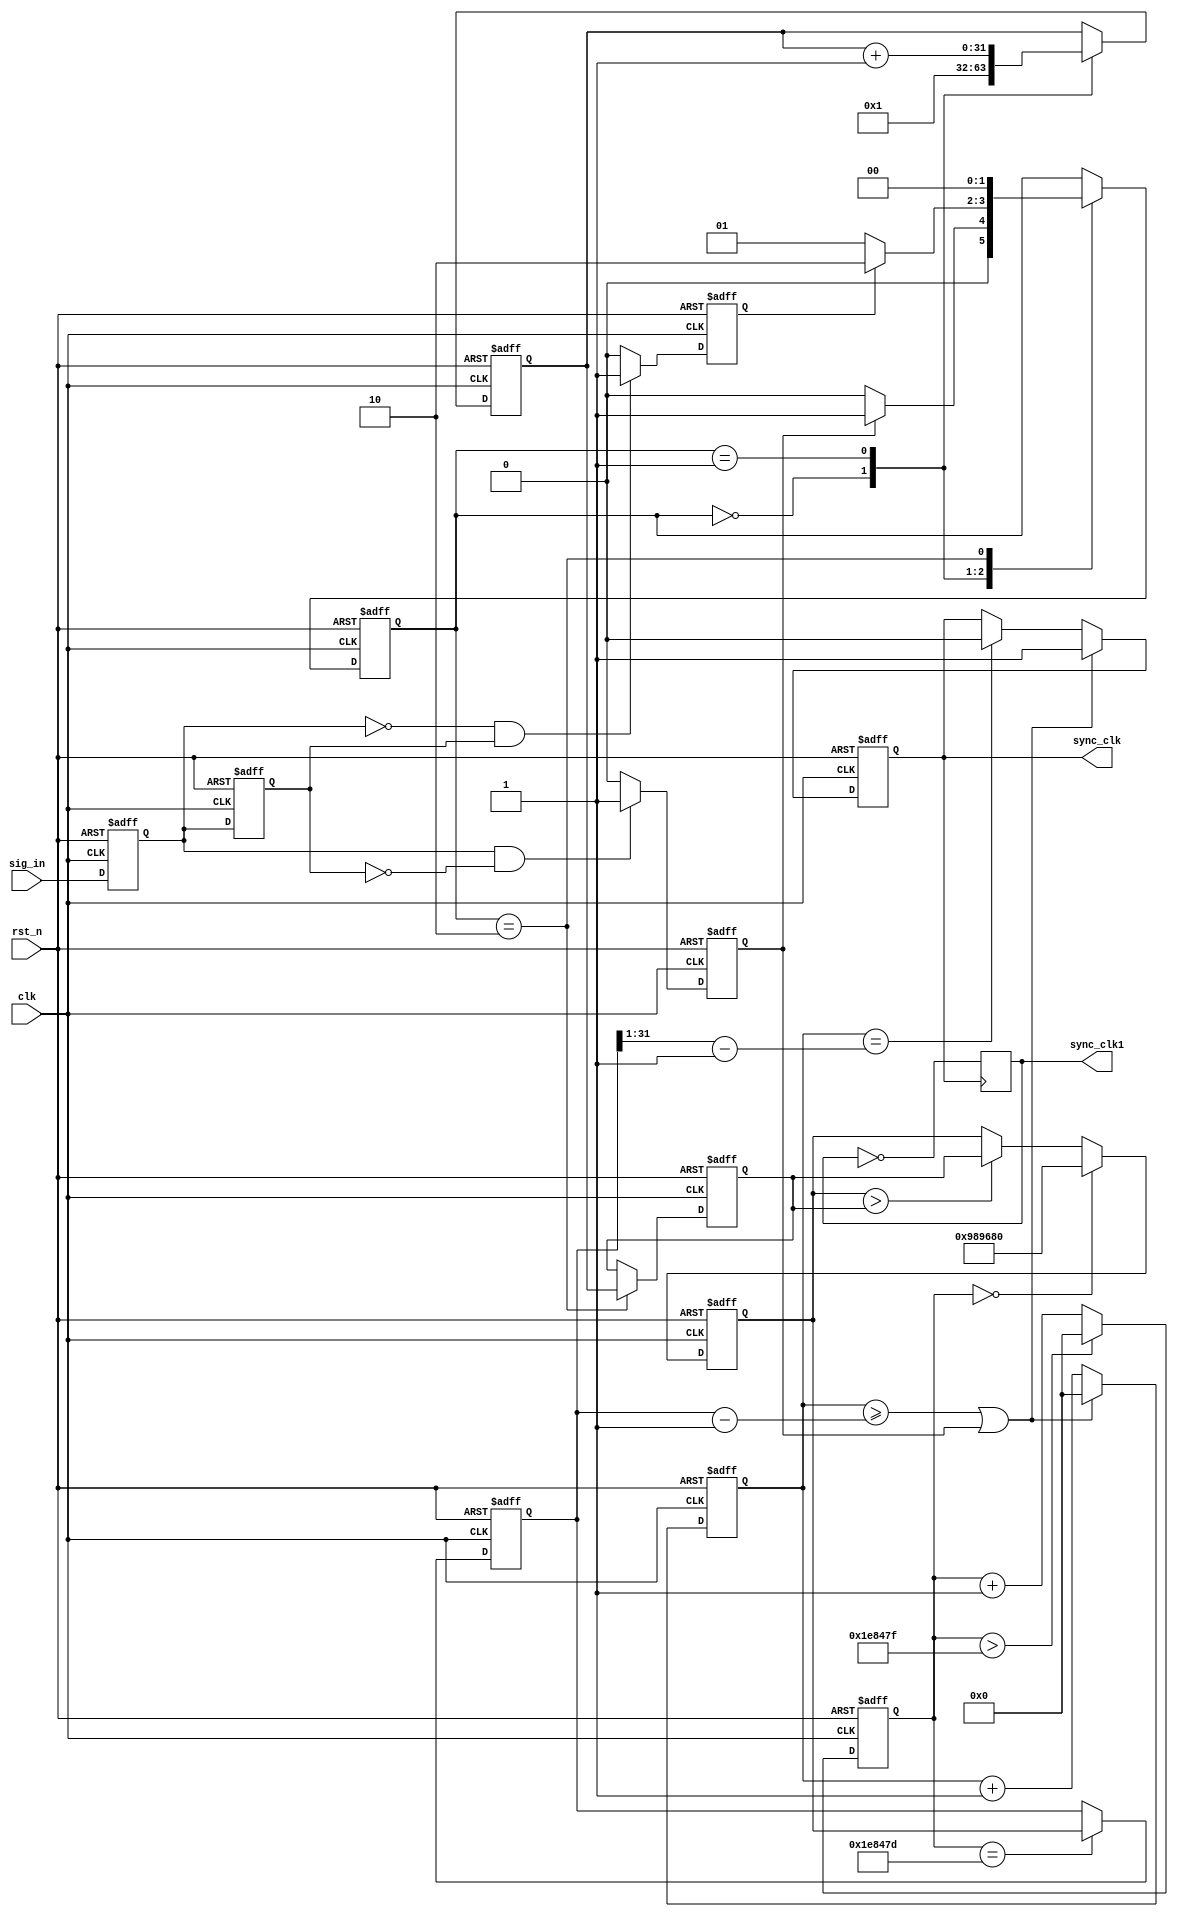
/*-----------------------------------------------------------------------

Date				:		2017-XX-XX
Description			:		Design for LCD1602 Display.

-----------------------------------------------------------------------*/

module sync
(
	//global clock
	input					clk,			//system clock
	input					rst_n,     		//sync reset
	
	//sig_in interface
	input					sig_in,
	
	//sig_out	interface
	output		reg			sync_clk,
	output		reg			sync_clk1
	
); 


//--------------------------------
//Funtion :   pos  neg             
reg					sig_in_r;
reg					sig_in_r1;

always @(posedge clk or negedge rst_n)
begin
	if(!rst_n)
	begin
		sig_in_r  <= 1'b0;
		sig_in_r1 <= 1'b1;
	end
	else
	begin
		sig_in_r  <= sig_in;
		sig_in_r1 <= sig_in_r;
	end
end

//pos
reg		sig_in_pos;

always @(posedge clk or negedge rst_n)
begin
	if(!rst_n)
		sig_in_pos <= 1'b0;
	else if((sig_in_r == 1'b1) && (sig_in_r1 == 1'b0))
		sig_in_pos <= 1'b1;
	else
		sig_in_pos <= 1'b0;
end


//neg

reg		sig_in_neg;

always @(posedge clk or negedge rst_n)
begin
	if(!rst_n)
		sig_in_neg <= 1'b0;
	else if((sig_in_r == 1'b0) && (sig_in_r1 == 1'b1))
		sig_in_neg <= 1'b1;
	else
		sig_in_neg <= 1'b0;
end
//--------------------------------
//Funtion :  state for high count
reg		[1:0]		state_sync;

always @(posedge clk or negedge rst_n)
begin
	if(!rst_n)
		state_sync <= 2'd0;
	else 
		case(state_sync)
		
		//
		2'd0 :
		begin
			if(sig_in_pos)
				state_sync <= 2'd1;
			else
				state_sync <= 2'd0;
		end
			
		//count
		2'd1 :
		begin
			if(sig_in_neg)
				state_sync <= 2'd2;
			else
				state_sync <= 2'd1;
		end
		
		//cunchu
		2'd2 :
		begin
			state_sync <= 2'd0;
		end
		endcase
end     

//--------------------------------
//Funtion :  cnt for high count
//

reg			[31:0]		cnt_high;
reg			[31:0]		cnt_high_temp;
always @(posedge clk or negedge rst_n)
begin
	if(!rst_n)
	begin
		cnt_high <= 32'd0;
		cnt_high_temp <= 32'd0;
	end
	else
	case(state_sync)
		2'd0 :
		begin
			cnt_high <= 32'd1;
		end
		
		2'd1 :
		begin
			cnt_high <= cnt_high + 1'b1;
		end
		
		2'd2 :
		begin
			cnt_high_temp <= cnt_high;
		end
	endcase
end

//--------------------------------
//Funtion :  

parameter		TEM_MS = 32'd2_000_000;
reg		[31:0]	cnt_com;

always @(posedge clk or negedge rst_n)
begin
	if(!rst_n)
		cnt_com <= 32'd0;
	else if(cnt_com > TEM_MS - 1'b1)
		cnt_com <= 32'd0;
	else
		cnt_com <= cnt_com + 1'b1; 
end

reg		[31:0]	compar;

always @(posedge clk or negedge rst_n)
begin
	if(!rst_n)
		compar <= 32'd0;
	else if(cnt_com == 32'd0)
		compar <= 32'd10_000_000;
	else if(compar > cnt_high_temp)
		compar <= cnt_high_temp;
	else
		compar <= compar;
end

reg		[31:0]		num_sig;

always @(posedge clk or negedge rst_n)
begin
	if(!rst_n)
		num_sig <= 32'd0;
	else if(cnt_com == TEM_MS - 2'd3)
		num_sig <= compar;
end

//--------------------------------
//Funtion : 	clk
//				 clk

/* reg			[31:0]		cnt_man_clk;

always @(posedge clk or negedge rst_n)
begin
	if(!rst_n)
		cnt_man_clk <= 32'd10;		//
	else if(cnt_man_clk >= num_sig - 1'b1)
		cnt_man_clk <= 32'd0;
	else
		cnt_man_clk <= cnt_man_clk + 1'b1;
end

wire		man_clk_value;
assign		man_clk_value = (cnt_man_clk >= num_sig - 1'b1) ? 1'b1 : 1'b0; */

/* reg					man_clk_r;
reg					man_clk_r1;
always @(posedge clk or negedge rst_n)
begin
	if(!rst_n)
	begin
		man_clk_r  <= 1'b0;
		man_clk_r1 <= 1'b0;
	end
	else if(man_clk_value)
	begin
		man_clk_r  <= sig_in_r1;
		man_clk_r1 <= man_clk_r; 
	end
end

wire				clk_pos_value;
assign				clk_pos_value = ((man_clk_r == man_clk_r1) && (sig_in_pos || sig_in_neg)) ? 1'b1 : 1'b0;
 *///--------------------------------
//Funtion : 	sync_clk

reg		[31:0]		cnt_sync_clk;

always @(posedge clk or negedge rst_n)
begin
	if(!rst_n)
		cnt_sync_clk <= 32'd0;
	else if((cnt_sync_clk >= (num_sig - 1'b1)) || sig_in_pos)
		cnt_sync_clk <= 32'd0;
	else
		cnt_sync_clk <= cnt_sync_clk + 1'd1;
end

/* wire	[31:0]		half_num;
assign				half_num   = num_sig >> 1; */


always @(posedge clk or negedge rst_n)
begin
	if(!rst_n)
		sync_clk <= 1'd0;
	else if((cnt_sync_clk >= (num_sig - 1'b1)) || sig_in_pos)
		sync_clk <= 1'd1;
	else if(cnt_sync_clk == (num_sig >> 1) - 1'b1)
		sync_clk <= 1'd0;
	else
		sync_clk <= sync_clk;
end


always @(posedge sync_clk)
begin
	sync_clk1 <= ~sync_clk1;
end

/* always @(posedge sync_clk1 or negedge rst_n)
begin
	if(!rst_n)
		sync_clk <= 1'b0;
	else
		sync_clk <= ~sync_clk;
end
 */


/* 
reg		[31:0]		cnt_sync_clk;

always @(posedge clk or negedge rst_n)
begin
	if(!rst_n)
		cnt_sync_clk <= 32'd0;
	else if(cnt_sync_clk >= num_sig - 1'b1 || clk_pos_value)
		cnt_sync_clk <= 32'd0;
	else
		cnt_sync_clk <= cnt_sync_clk + 32'd1;
end

reg				sync_clk1;

always @(posedge clk or negedge rst_n)
begin
	if(!rst_n)
		sync_clk <= 1'd0;
	else if(clk_pos_value)
		sync_clk <= 1'b1;
	else if(cnt_sync_clk >= num_sig - 1'b1)
		sync_clk <= ~sync_clk;
	else
		sync_clk <= sync_clk;
end
 */




endmodule